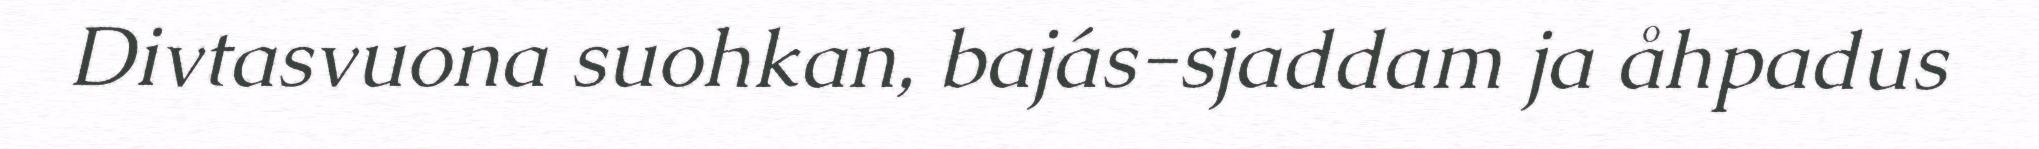
Divtasvuona suohkan, bajás-sjaddam ja åhpadus